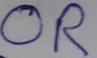
Text: OR